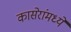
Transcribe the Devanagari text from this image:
कासेरांमध्यें